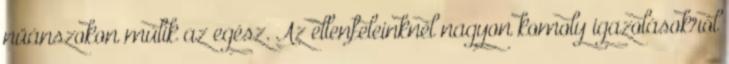
nüánszokon múlik az egész. Az ellenfeleinknél nagyon komoly igazolásokról